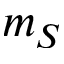
m _ { S }